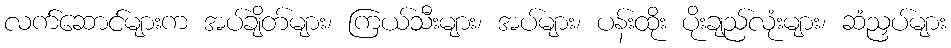
လက်ဆောင်များက အပ်ချိတ်များ၊ ကြယ်သီးများ၊ အပ်များ၊ ပန်းထိုး ပိုးချည်လုံးများ၊ ဆံညှပ်များ